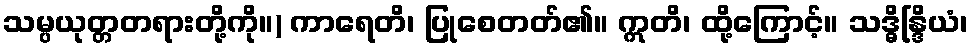
သမ္ပယုတ္တတရားတို့ကို။) ကာရေတိ၊ ပြုစေတတ်၏။ ဣတိ၊ ထို့ကြောင့်။ သဒ္ဓိန္ဒြိယံ၊